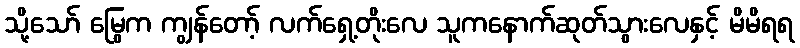
သို့သော် မြွေက ကျွန်တော့် လက်ရှေ့တိုးလေ သူကနောက်ဆုတ်သွားလေနှင့် မိမိရရ